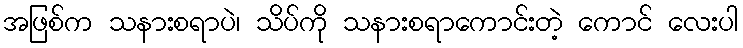
အဖြစ်က သနားစရာပဲ၊ သိပ်ကို သနားစရာကောင်းတဲ့ ကောင် လေးပါ